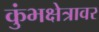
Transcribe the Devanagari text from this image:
कुंभक्षेत्रावर